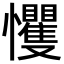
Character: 戄